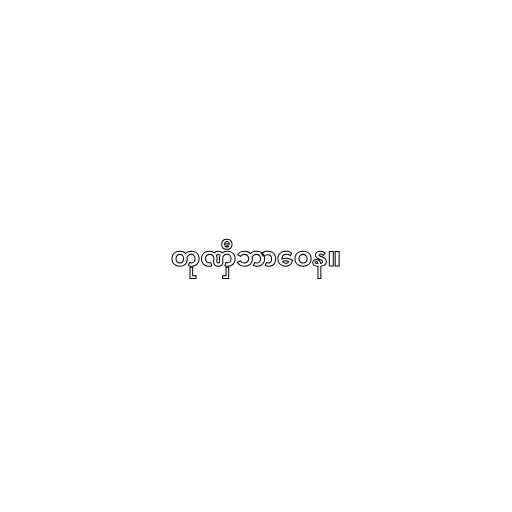
တုဏှီဘာဝေန။